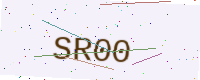
Text: SR00